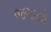
જગાયો